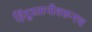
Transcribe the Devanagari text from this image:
हिंदुस्तानीवरूनच